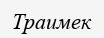
Траимек